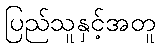
ပြည်သူနှင့်အတူ